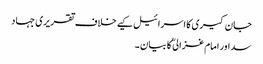
جان کیری کا اسرائیل کیے خلاف تقریری جہاد
سد اور امام غزالی ؒ کا بیان ۔